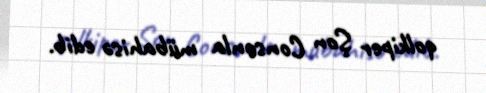
qolkiper Şon Consonla mübahisə edib.